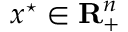
x ^ { \star } \in \mathbf { R } _ { + } ^ { n }